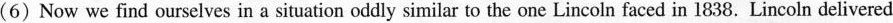
(6)Now we find ourselves in a situation oddly similar to the one Lincoln faced in 1838. Lincoln delivered